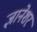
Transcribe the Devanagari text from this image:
ज्ञानेशर